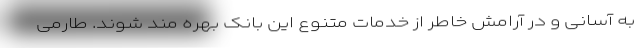
به آسانی و در آرامش خاطر از خدمات متنوع این بانک بهره مند شوند. طارمی